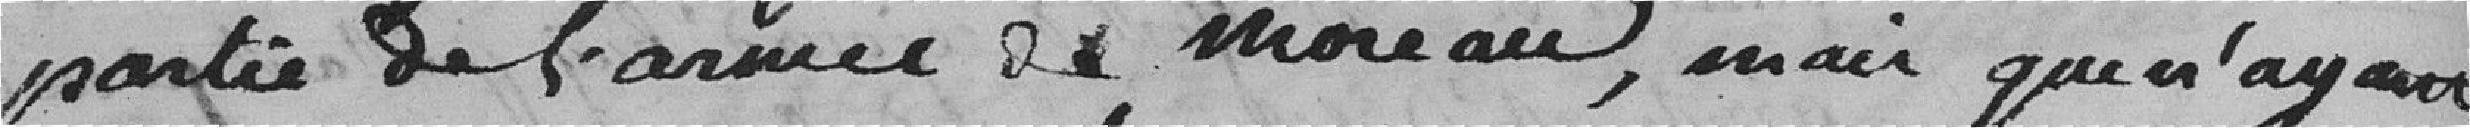
partie de l'armée de Moreau, mais que n'ayant